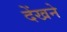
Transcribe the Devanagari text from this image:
देंखने